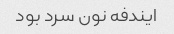
ایندفه نون سرد بود